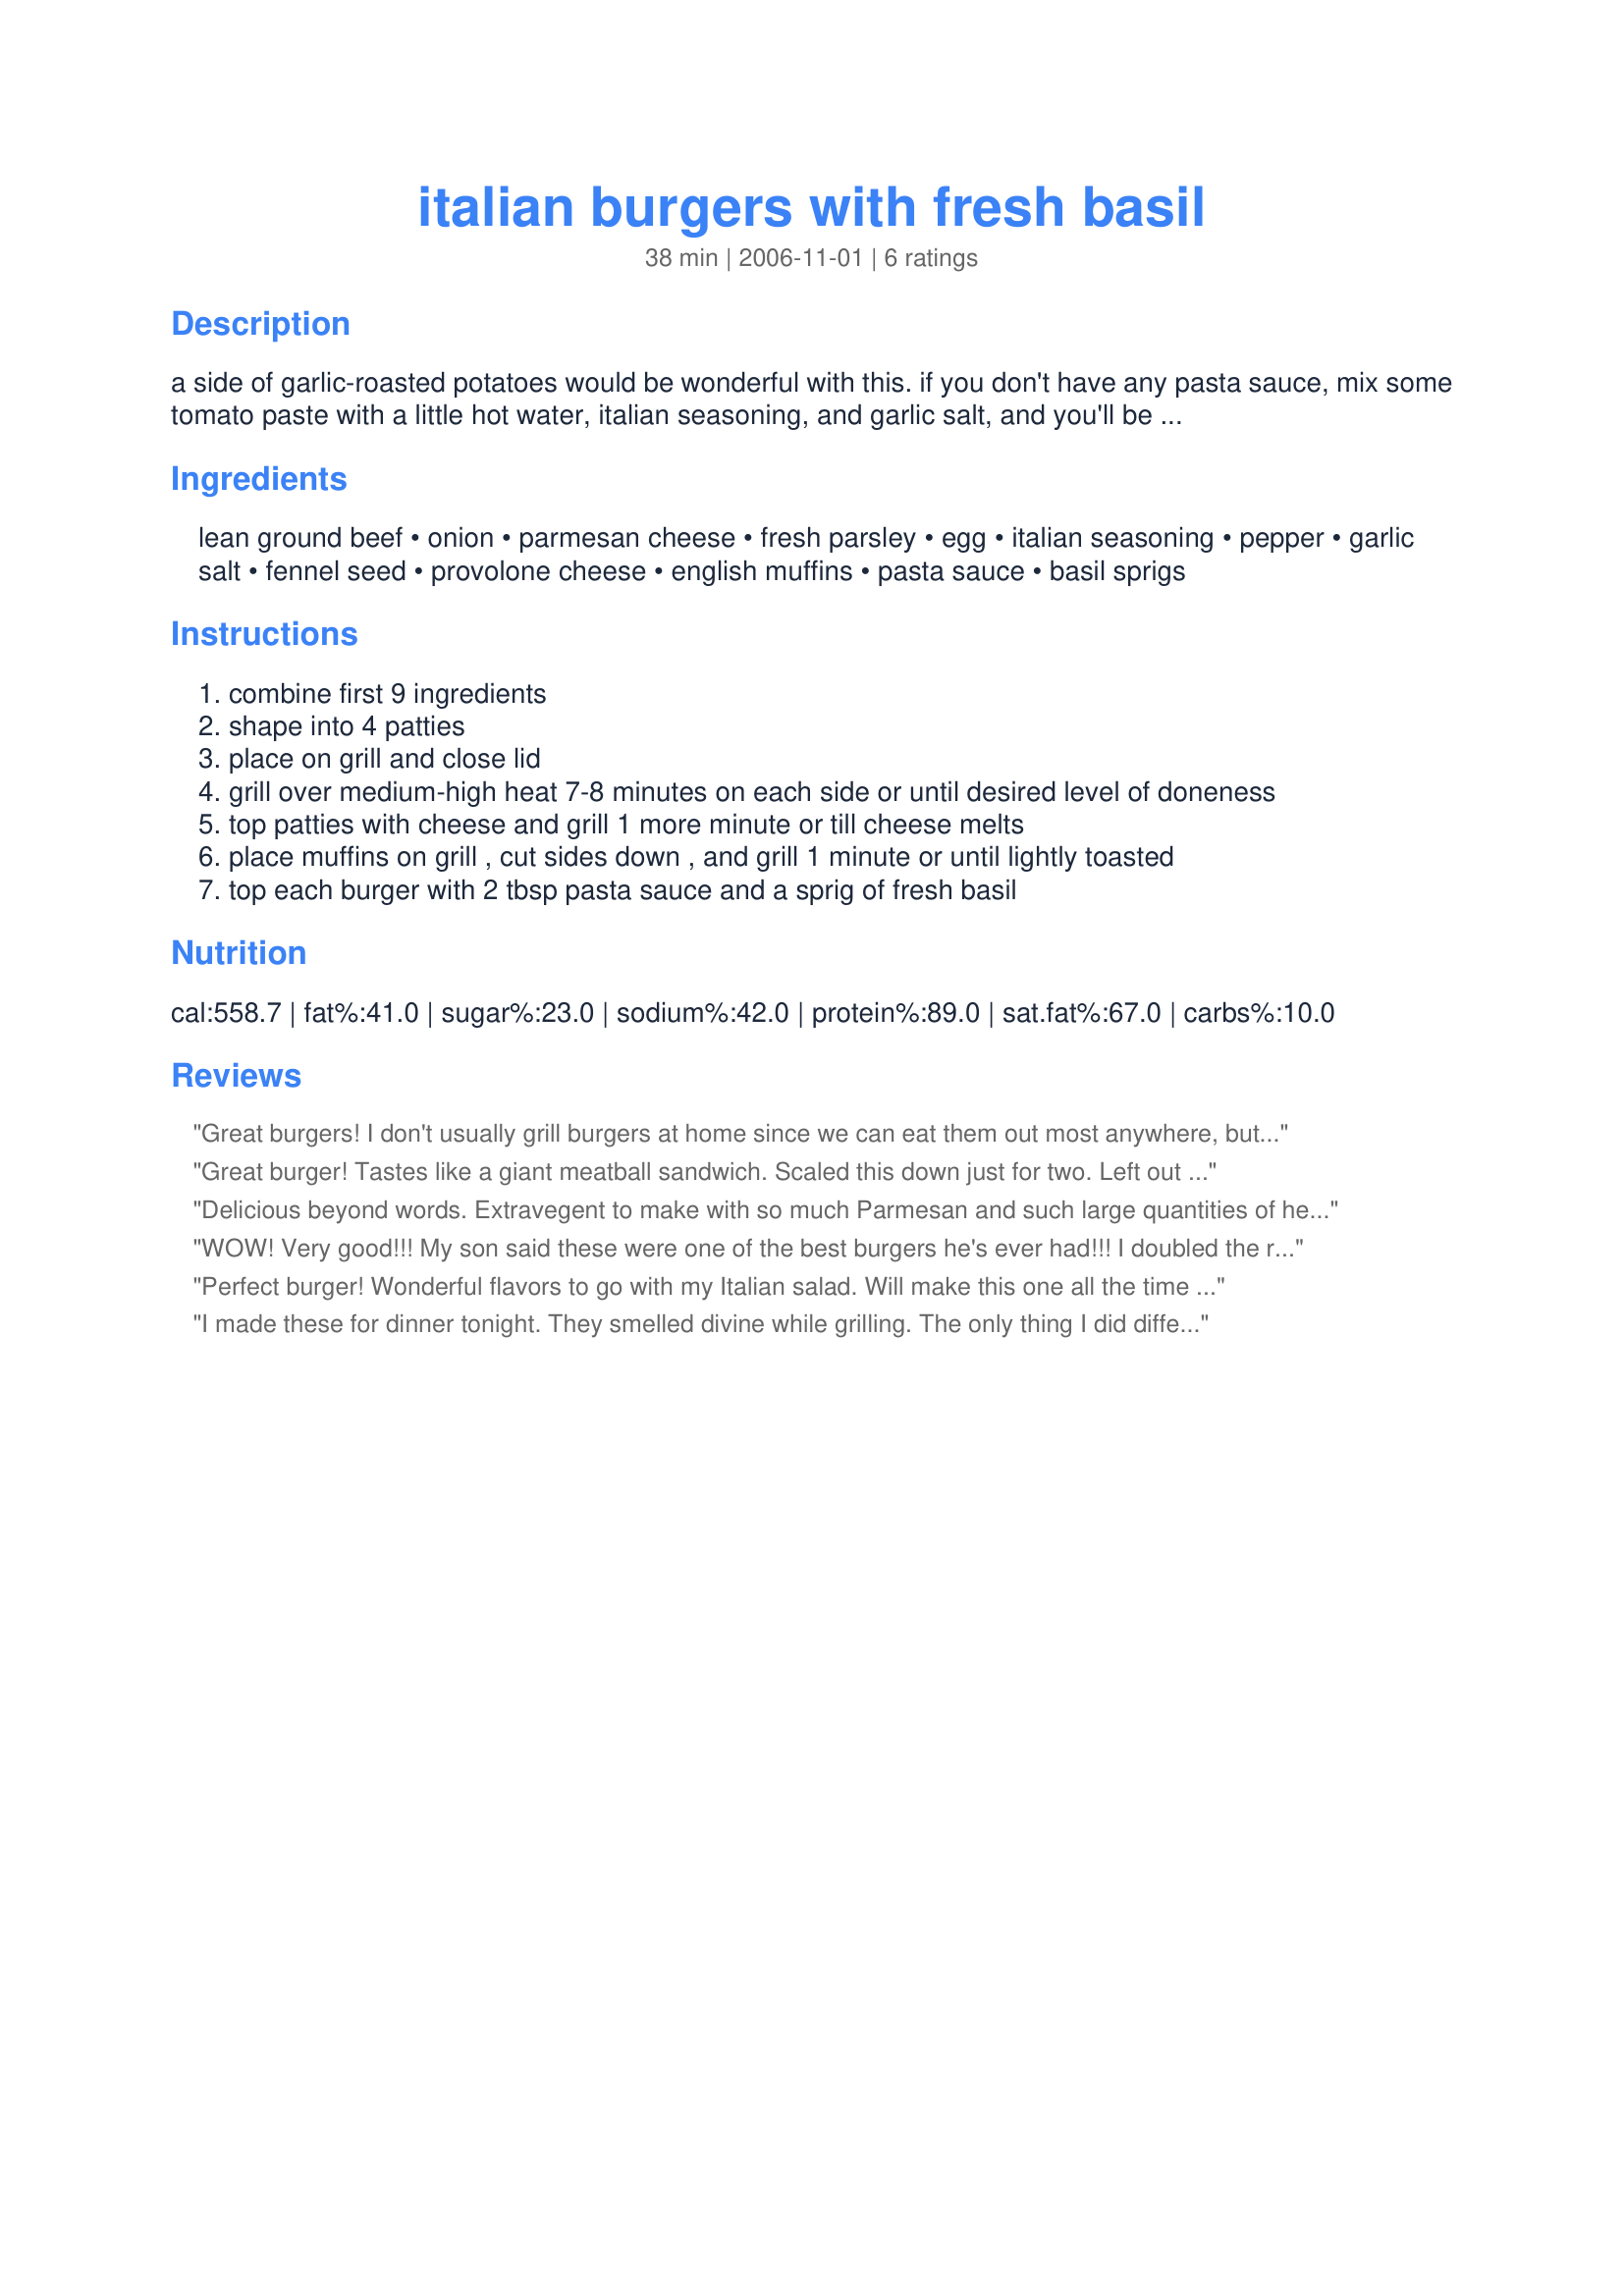
italian burgers with fresh basil
Preparation time: 38 minutes

a side of garlic-roasted potatoes would be wonderful with this. if you don't have any pasta sauce, mix some tomato paste with a little hot water, italian seasoning, and garlic salt, and you'll be good to go!

Ingredients:
lean ground beef, onion, parmesan cheese, fresh parsley, egg, italian seasoning, pepper, garlic salt, fennel seed, provolone cheese, english muffins, pasta sauce, basil sprigs

Steps:
combine first 9 ingredients
shape into 4 patties
place on grill and close lid
grill over medium-high heat 7-8 minutes on each side or until desired level of doneness
top patties with cheese and grill 1 more minute or till cheese melts
place muffins on grill , cut sides down , and grill 1 minute or until lightly toasted
top each burger with 2 tbsp pasta sauce and a sprig of fresh basil

Reviews:
Great burgers! I don't usually grill burgers at home since we can eat them out most anywhere, but this recipe intrigued me. The only changes I made was to omit the fennel (don't like it) and we used cheddar cheese on regular wheat buns. The seasonings were perfect and comparable to what we'd order in a restuarant. Thanks for posting this one and congrats on Chef of the Day!
Great burger! Tastes like a giant meatball sandwich. Scaled this down just for two. Left out the fennel since I don't care for it much. Served these on onion rolls with macaroni salad.
Delicious beyond words. Extravegent to make with so much Parmesan and such large quantities of herbs, but well worth it for a special meal. Just an astonishing flavor.

I didn't use the English muffins. I had ciabatta rolls -- which were perfect to soak up the juices and the pasta sauce. I think that if I didn't have those I'd use thick slices of a crusty, artisan bread.
WOW! Very good!!! My son said these were one of the best burgers he's ever had!!! I doubled the recipe and made 6 burgers. I used whole wheat Kaiser rolls.
Perfect burger! Wonderful flavors to go with my Italian salad. Will make this one all the time as DH loved it.
I made these for dinner tonight. They smelled divine while grilling. The only thing I did differently was I served them on ciabatta rolls instead of English muffins. I split the rolls, drizzled them with EVOO and grilled them before putting the burger together. Even DD really enjoyed these burgers. The only thing I will do differently is maybe coarsely chop the basil sprig before I put it on top of the burgers. We all got a whole leaf of basil in one bite instead of a little in every bite. Thanks for a great recipe!
